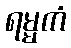
ရမ္မကံ